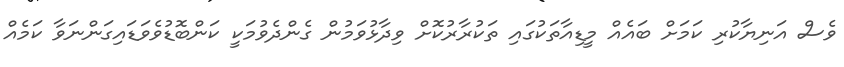
ވެސް އަނިޔާކުރި ކަމަށް ބައެއް މީޑިއާތަކުގައި ތަކުރާރުކޮށް ވިދާޅުވަމުން ގެންދެވުމަކީ ކަންބޮޑުވެވަޑައިގަންނަވާ ކަމެއް